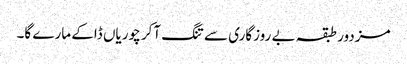
مزدور طبقہ بے روزگاری سے تنگ آکر چوریاں ڈاکے مارے گا۔